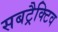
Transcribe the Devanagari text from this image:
सबट्रैक्टिव